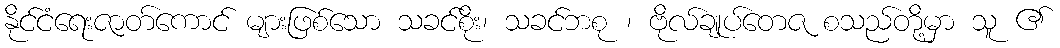
နိုင်ငံရေးဇာတ်ကောင် များဖြစ်သော သခင်စိုး၊ သခင်ဘစု ၊ ဗိုလ်ချုပ်တေဇ စသည်တို့မှာ သူ ၏